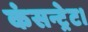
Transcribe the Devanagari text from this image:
कंसन्ट्रेट।